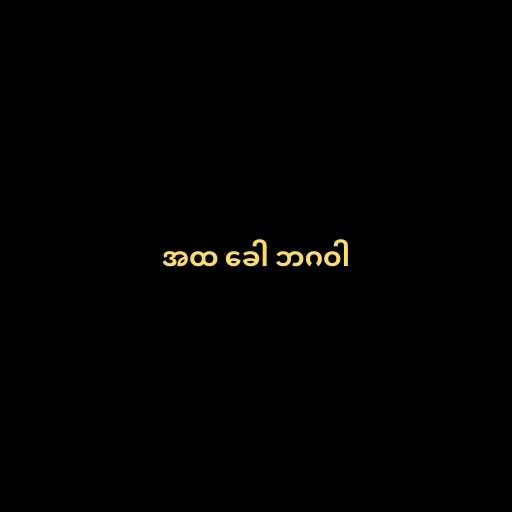
အထ ခေါ ဘဂဝါ